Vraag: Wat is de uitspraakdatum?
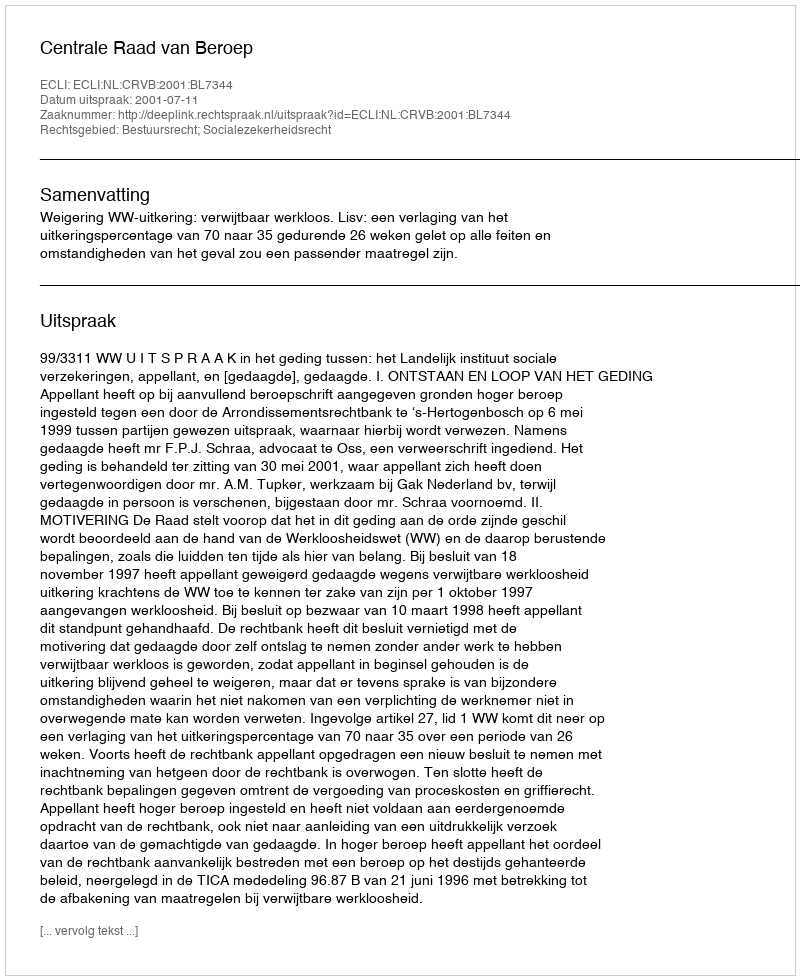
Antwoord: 2001-07-11